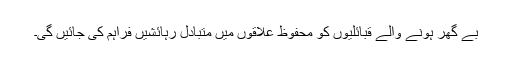
بے گھر ہونے والے قبائلیوں کو محفوظ علاقوں میں متبادل رہائشیں فراہم کی جائیں گی۔